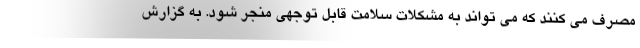
مصرف می کنند که می تواند به مشکلات سلامت قابل توجهی منجر شود. به گزارش